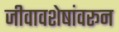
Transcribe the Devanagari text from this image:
जीवावशेषांवरून